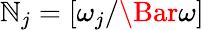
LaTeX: \mathbb{N}_{j}=[\omega_{j}/\Bar{\omega}]